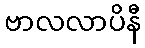
ဗာလလာပိနီ